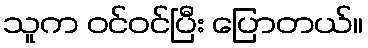
သူက ဝင်ဝင်ပြီး ပြောတယ်။